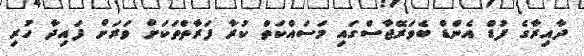
ދާއިރާގެ ފުޑް އެންޑް ބެވަރޭޖާސްގައި މަސައްކަތް ކުރާ ފަރާތްތަކަށް ވަރަށް ފައިދާ ހުރި